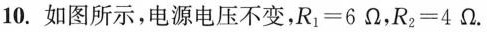
10.如图所示，电源电压不变，$$R_{1}=6\Omega $$，$$R_{2}=4\Omega $$。